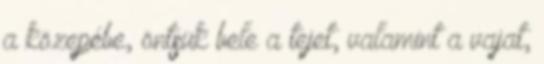
a közepébe, öntsük bele a tejet, valamint a vajat,